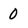
Character: 0